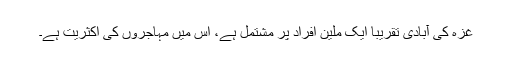
غزہ کی آبادی تقریباََ ایک ملین افراد پر مشتمل ہے، اس میں مہاجروں کی اکثریت ہے۔